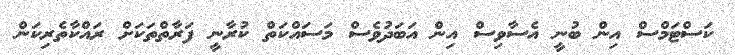
ކަސްޓަމްސް އިން ބުނީ އެސާވިސް އިން އަބަދުވެސް މަސައްކަތް ކުރާނީ ފަރާތްތަކަށް ރައްކާތެރިކަން